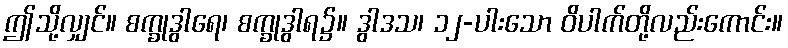
ဤသို့လျှင်။ စက္ခုဒွါရေ၊ စက္ခုဒွါရ၌။ ဒွါဒသ၊ ၁၂-ပါးသော ဝိပါက်တို့လည်းကောင်း။